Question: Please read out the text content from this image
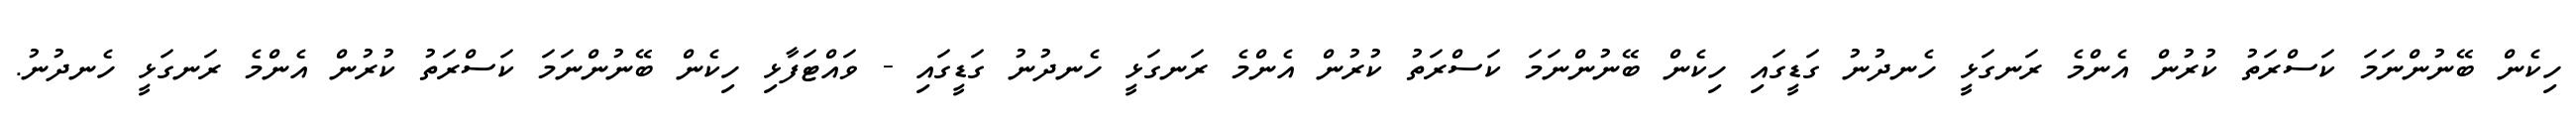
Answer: ހިކެން ބޭނުންނަމަ ކަސްރަތު ކުރުން އެންމެ ރަނގަޅީ ހެނދުނު ގަޑީގައި ހިކެން ބޭނުންނަމަ ކަސްރަތު ކުރުން އެންމެ ރަނގަޅީ ހެނދުނު ގަޑީގައި - ވައްޓަފާޅި ހިކެން ބޭނުންނަމަ ކަސްރަތު ކުރުން އެންމެ ރަނގަޅީ ހެނދުނު.